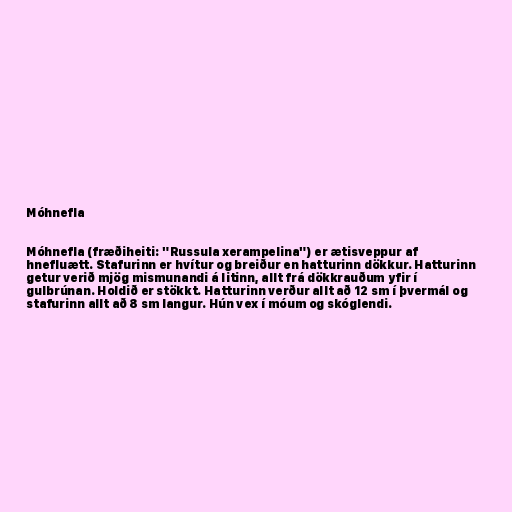
Móhnefla

Móhnefla (fræðiheiti: "Russula xerampelina") er ætisveppur af
hnefluætt. Stafurinn er hvítur og breiður en hatturinn dökkur. Hatturinn
getur verið mjög mismunandi á litinn, allt frá dökkrauðum yfir í
gulbrúnan. Holdið er stökkt. Hatturinn verður allt að 12 sm í þvermál og
stafurinn allt að 8 sm langur. Hún vex í móum og skóglendi.